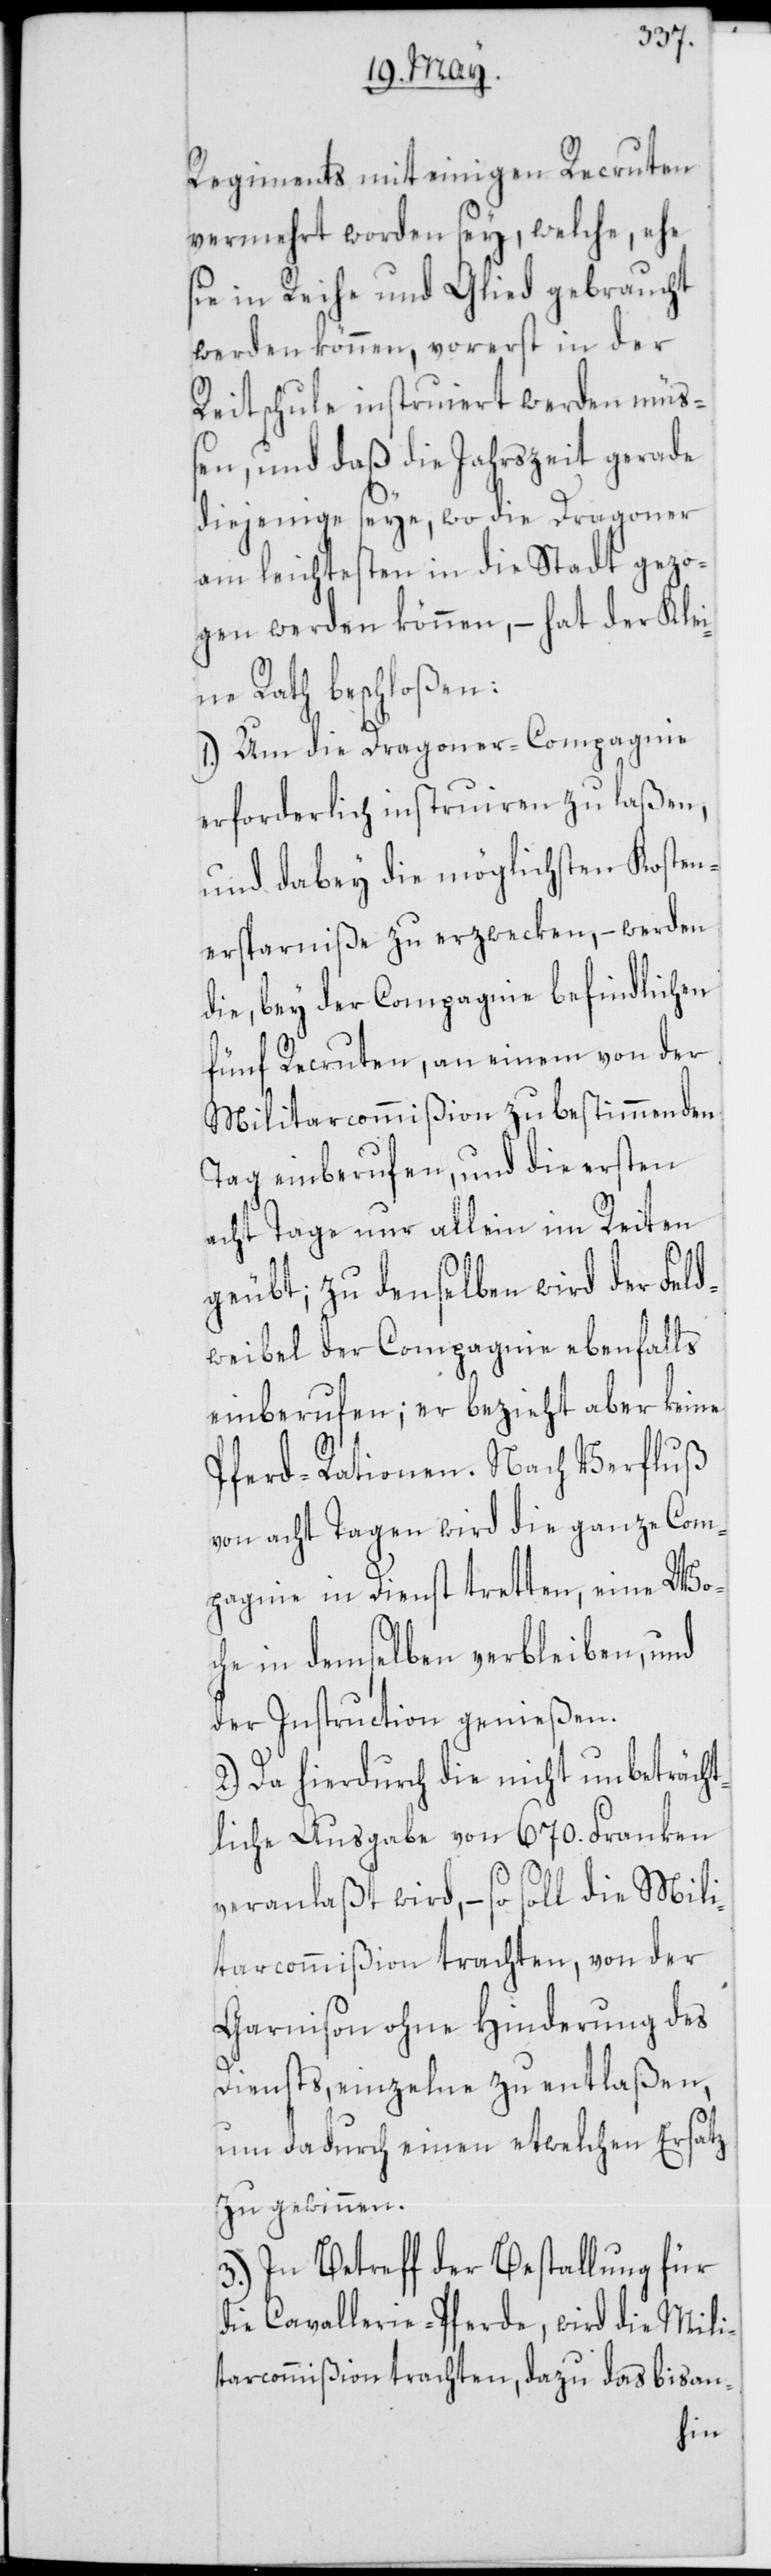
Regiments mit einigen Recruten
vermehrt worden sey, welche, ehe
sie in Reihe und Glied gebraucht
werden können, vorerst in der
Reitschule instruiert werden müß¬
en, und daß die Jahrszeit gerade
diejenige seye, wo die Dragoner
am leichtesten in die Stadt gezo¬
gen werden können, – hat der Kle¬
ine Rath beschloßen:
1.) Um die Dragoner-Compagnie
erforderlich instruiren zu laßen,
und dabey die möglichsten Kosten¬
ersparniße zu erzwecken, – werden
die, bey der Compagnie befindlichen
fünf Recruten, an einem von der
Militarcommißion zu bestimmenden
Tag einberufen, und die ersten
acht Tage nur allein im Reiten
geübt; zu denselben wird der Feld¬
weibel der Compagnie ebenfalls
einberufen; er bezieht aber keine
Pferd-Rationen. Nach Verfluß
von acht Tagen wird die ganze Com¬
pagnie in Dienst tretten, eine Wo¬
che in demselben verbleiben, und
der Instruction genießen.
2.) Da hierdurch die nicht unbeträcht¬
liche Ausgabe von 670. Franken
veranlaßt wird, – so soll die Mili¬
tarcommißion trachten, von der
Garnison ohne Hinderung des
Diensts, einzelne zu entlaßen,
um dadurch einen etwelchen Ersatz
zu gewinnen.
3.) In Betreff der Bestallung für
die Cavallerie-Pferde, wird die Mili¬
tarcommißion trachten, dazu das bisan-